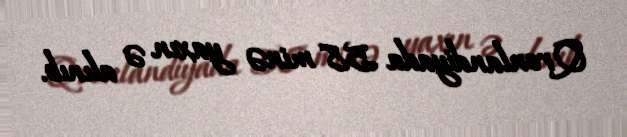
Qrenlandiyada 58 minə yaxın ə alınıb.